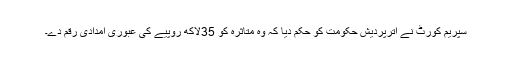
سپریم کورٹ نے اترپردیش حکومت کو حکم دیا کہ وہ متاثرہ کو 35لاکھ روپیے کی عبوری امدادی رقم دے۔